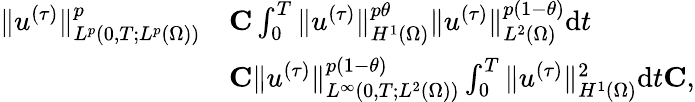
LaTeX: \begin{array}{rl}{\| u^{(\tau)}\| _{L^{p}(0,T;L^{p}(\Omega))}^{p}}&{\le C\int_{0}^{T}\| u^{(\tau)}\| _{H^{1}(\Omega)}^{p\theta}\| u^{(\tau)}\| _{L^{2}(\Omega)}^{p(1-\theta)}\mathrm{d}t}\\ &{\le C\| u^{(\tau)}\| _{L^{\infty}(0,T;L^{2}(\Omega))}^{p(1-\theta)}\int_{0}^{T}\| u^{(\tau)}\| _{H^{1}(\Omega)}^{2}\mathrm{d}t\le C,}\end{array}